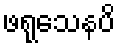
ဖရုသေနပိ